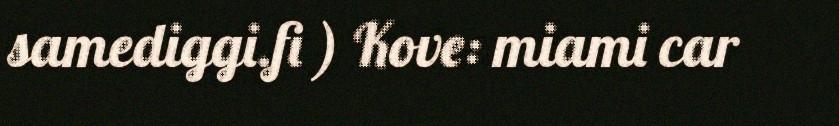
samediggi.fi ) Kove: miami car